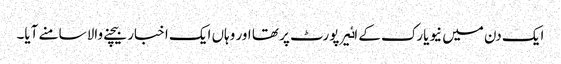
ایک دن میں نیویارک کے اٸیرپورٹ پر تھا اور وہاں ایک اخبار بیچنے والا سامنے آیا۔